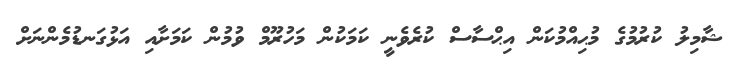
ޝާމިލު ކުރުމުގެ މުޙިއްމުކަން އިޙްސާސް ކުރެވެނީ ކަމަކުން މަހުރޫމް ވުމުން ކަމަށާއި އަޅުގަނޑުމެންނަށް